Report on vaccination in Madras 1904-1921 - 1904-1921
Year: 1904
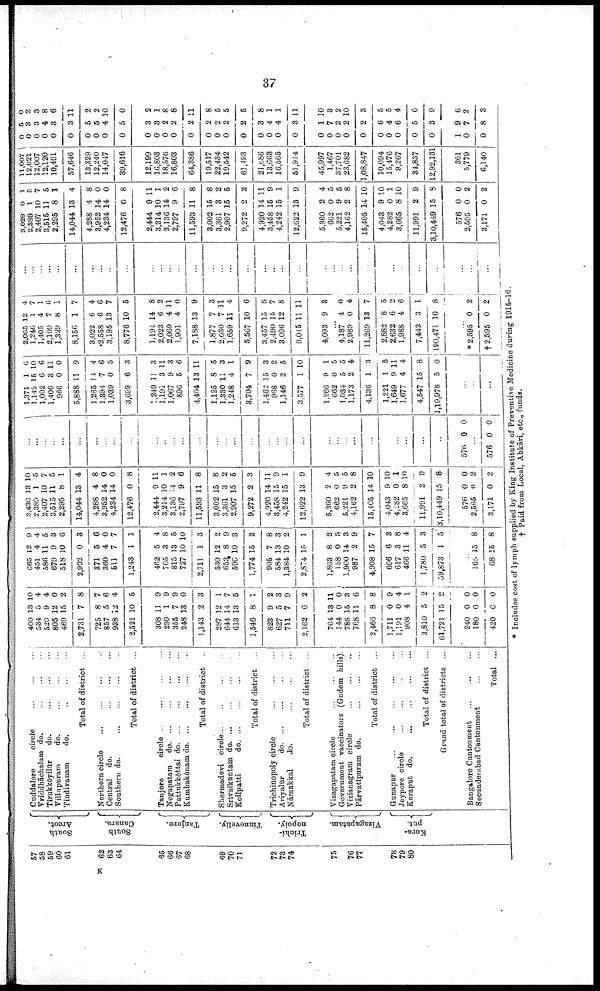
37
57
58
59
60
61
62
63
64
85
66
67
68
60
70
71
72
73
74
75
76
77
78
79
80
South
Arcot.
South
Canara.
Tanjore.
Tinnevelly.
Triohi-
nopoly.
Vizagapatam.
Kora-
put.
Cnddalore
circle... ... ...
Vriddhāchalam do. ... ...
.
.
.
Tirukkóyilür
do. ... ...
...
Villupuram
do.
...
...
...
Tindivanam
do. ... ... .
.
.
Total of district ...
Northern circle...
...
...
...
Central do. ... ... ... ...
Southern do.
...
...
...
...
Total of district ...
Tanjore
circle... ... ... ...
Negapatara do... ... ... ...
J Pattukkōttai d
o
. ... ... ... ...
Kumbakōnam do.
... ... ... ...
Total of district ..
Shermadevi circle... ... ... ...
Srivaikuntam d
o
. ... ... ...
Koilpatti
d
o
. ... ... ... ... ...
Total of district ...
Trichinopoly
circle...
...
...
...
Ariyalúr
d
o
. ... ... ... ...
Nāmakkal
do. ... ... ...
Total of district ...
Vizagapatam circle...
Government vaccinators (Gudem hills).
Vizianagram
circle...
...
...
Pārvatipuram do. ... ...
Total of district ...
Gunapur...
...
...
Jeypore
circle...
...
...
Koraput d
o
. ... ... ... ...
Total of district ...
Grand total of districts ...
Bangalore Cantonment ... ... ...
Secunderabad Cantonment ... ...
...
Total ...
400
534
520
805
469
2,731
725
857
938
2,521
308
230
355
248
1,143
287
644
613
1,546
823
627
711
2,162
764
144
788
768
2,466
1,711
1,191
908
3,810
61,721
240
180
420
13
5
9
12
15
7
8
5
12
10
11
1
7
13
2
12
14
13
8
9
5
7
6
13
0
15
11
8
0
0
4
5
15
0
0
0
10
4
4
0
2
8
7
6
4
5
9
9
9
0
3
1
7
5
1
2
3
9
2
11
0
3
6
8
9
4
1
2
...
0
0
0
665
451
58
679
518
2,902
371
360
51
1,243
462
705
815
725
2,711
530
653
590
1,774
905
584
1,384
2,874
1,863
158
1,900
987
4,908
696
617
466
1,780
59,873
12
4
11
9
10
0
5
4
7
1
5
3
13
10
1
12
8
10
15
7
13
10
15
8
0
14
2
15
6
3
11
5
1
9
4
5
3
6
3
6
0
7
1
4
8
5
10
3
2
9
3
2
8
3
2
1
2
5
3
9
7
3
8
4
3
5
...
168
68
15
15
8
8
3,436
2,389
2,405
3,515
2,295
14,044
4,285
3,952
4,234
12,476
2,444
3,214
3,136
2,797
11,593
3,002
3,361
2,907
9,272
4,920
3,458
4,242
12,622
5,360
662
5,221
4,162
15,405
4,043
4,282
3,665
11,991
3,10,449
576
2,595
3,171
13
1
10
11
8
13
4
14
14
0
9
10
4
9
11
15
3
15
2
14
15
15
13
2
0
9
2
14
9
0
8
2
15
0
0
0
10
5
7
5
1
4
8
0
0
8
11
1
2
6
8
8
2
5
3
11
9
1
9
4
5
5
8
10
10
1
10
9
8
0
2
2
...
...
...
...
...
...
...
...
...
...
...
...
...
...
...
...
...
...
...
...
...
...
...
...
...
...
...
...
...
...
...
...
...
576 0 0
...
576 0 0
1,371
1,142
1,002
1,406
966
5,888
1,265
1,394
1,039
3,699
1,249
1,191
1,067
896
4,404
1,125
1,330
1,248
3,704
1,462
968
1,146
3,577
1,266
662
1,034
1,173
4,136
1,221
1,649
1,677
4,547
1,19,978
1
15
6
3
0
11
14
7
0
6
11
3
9
5
13
8
11
4
7
15
0
2
1
9
0
5
2
1
1
9
4
15
5
6
10
6
11
0
9
4
6
5
3
3
11
3
6
11
5
3
1
9
3
2
5
10
1
5
5
4
3
5
11
4
8
5
...
...
...
2,065
1,246
1,405
2,101
1,329
8,156
3,025
2,556
3,195
8,776
l,l94
2,023
2,069
1,901
7,188
1,877
2,030
1,659
5,567
3,457
2,490
3,096
9,045
4,093
12
1
4
7
8
1
6
6
13
10
14
6
4
4
13
7
7
11
10
15
15
12
11
9
4
7
1
6
1
7
4
6
7
5
8
2
11
0
9
3
11
4
6
8
7
8
11
3
...
4,187
2,989
11,269
2,882
2,632
1,988
7,443
190,471
4
0
13
8
6
4
3
10
0
4
7
5
2
6
1
8
...
* 2,595
†2,595
0
0
2
2
...
...
...
...
...
...
...
...
...
...
...
...
...
...
...
...
...
...
...
...
...
...
...
...
...
...
...
...
...
...
...
...
...
...
...
...
3,028
2,389
2,407
3,515
2,295
14,044
4,288
3,952
4,234
12,476
2,444
3,214
3,136
2,797
11,593
3,002
3,361
2,907
9,272
4,920
3,458
4,242
12,622
5,360
662
5,221
4,162
15,405
4,043
4,282
3,665
11,991
3,10,449
576
2,595
3,171
0
1
10
11
8
13
4
14
14
0
9
10
14
9
11
15
3
15
2
14
15
15
13
2
0
9
2
14 1
9
0
8
2
15
0
0
0
1
5
7
5
1
4
8
0
0
8
11
1
2
6
8
8
2
5
3
11
9
1
9
4
5
5
8
10
10
1
10
9
8
0
2
2
11,007
12,021
12,007
12,120
10,491
57,646
13,329
12,240
14,047
39,616
12,199
16,803
18,576
16,803
64,386
19,517
22,434
19,542
61,493
21,686
13,663
16,565
51,914
45,997
1,467
37,701
23,682
1,08,847
10,094
15,476
9,267
34,837
12,92,131
361
5,779
6,140
0
0
0
0
0
0
0
0
0
0
0
0
0
0
0
0
0
0
0
0
0
0
0
0
0
0
0
0
0
0
0
0
0
1
0
0
5
3
3
4
3
3
5
5
4
5
3
3
2
2
2
2
2
2
2
3
4
4
3
1
7
2
2
2
6
4
6
5
3
9
7
8
0
2
3
8
6
11
2
2
10
0
2
1
8
8
11
8
5
5
5
8
1
1
11
10
3
2
10
3
5
5
4
6
9
6
2
3
* Includes cost of lymph supplied by King Institute of Preventive Medicine during 1915-16.
† Paid from Local, Abkāri, etc., funds.
K